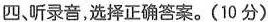
四,昕录音,选择正确答案.(10 分)